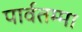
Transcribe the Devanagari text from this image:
पार्वतम्मा